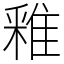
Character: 䧽